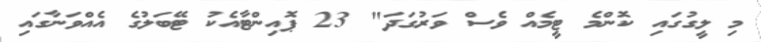
މި ލީގުގައި ކޮންމެ ޓީމެއް ވެސް ވަރުގަދަ" 23 ޕޮއިންޓާއެކު ޓޭބަލުގެ އެއްވަނާގައި